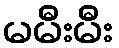
မမီးမီး